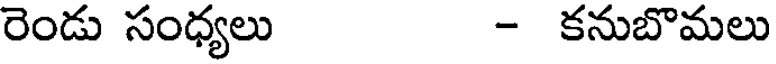
రెండు సంధ్యలు - కనుబొమలు